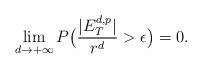
LaTeX: \begin{align*}\lim_{d\rightarrow+\infty}P\big(\frac{|E_T^{d,p}|}{r^d}>\epsilon\big)=0.\end{align*}